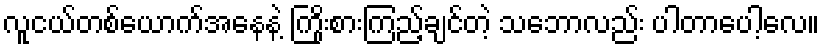
လူငယ်တစ်ယောက်အနေနဲ့ ကြိုးစားကြည့်ချင်တဲ့ သဘောလည်း ပါတာပေါ့လေ။